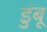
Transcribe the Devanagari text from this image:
डुंबू